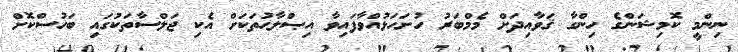
ނިންމީ ކޮމިޝަންގެ ހިންގާ ޤަވާއިދަށް މެމްބަރު ހުށަހަޅުއްވާފައިވާ އިޞްލާޙުތަކަށް އެކި ޖަލްސާތަކުގައި ބަހުސްކޮށް